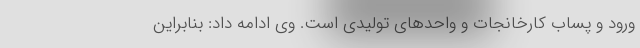
ورود و پساب کارخانجات و واحدهای تولیدی است. وی ادامه داد: بنابراین